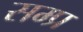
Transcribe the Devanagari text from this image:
सम्प्र